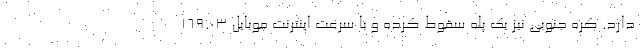
دارد. کره جنوبی نیز یک پله سقوط کرده و با سرعت اینترنت موبایل ۱۶۹.۰۳